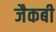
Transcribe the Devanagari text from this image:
जैकबी